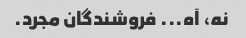
نه، آه... فروشندگان مجرد.